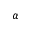
\alpha